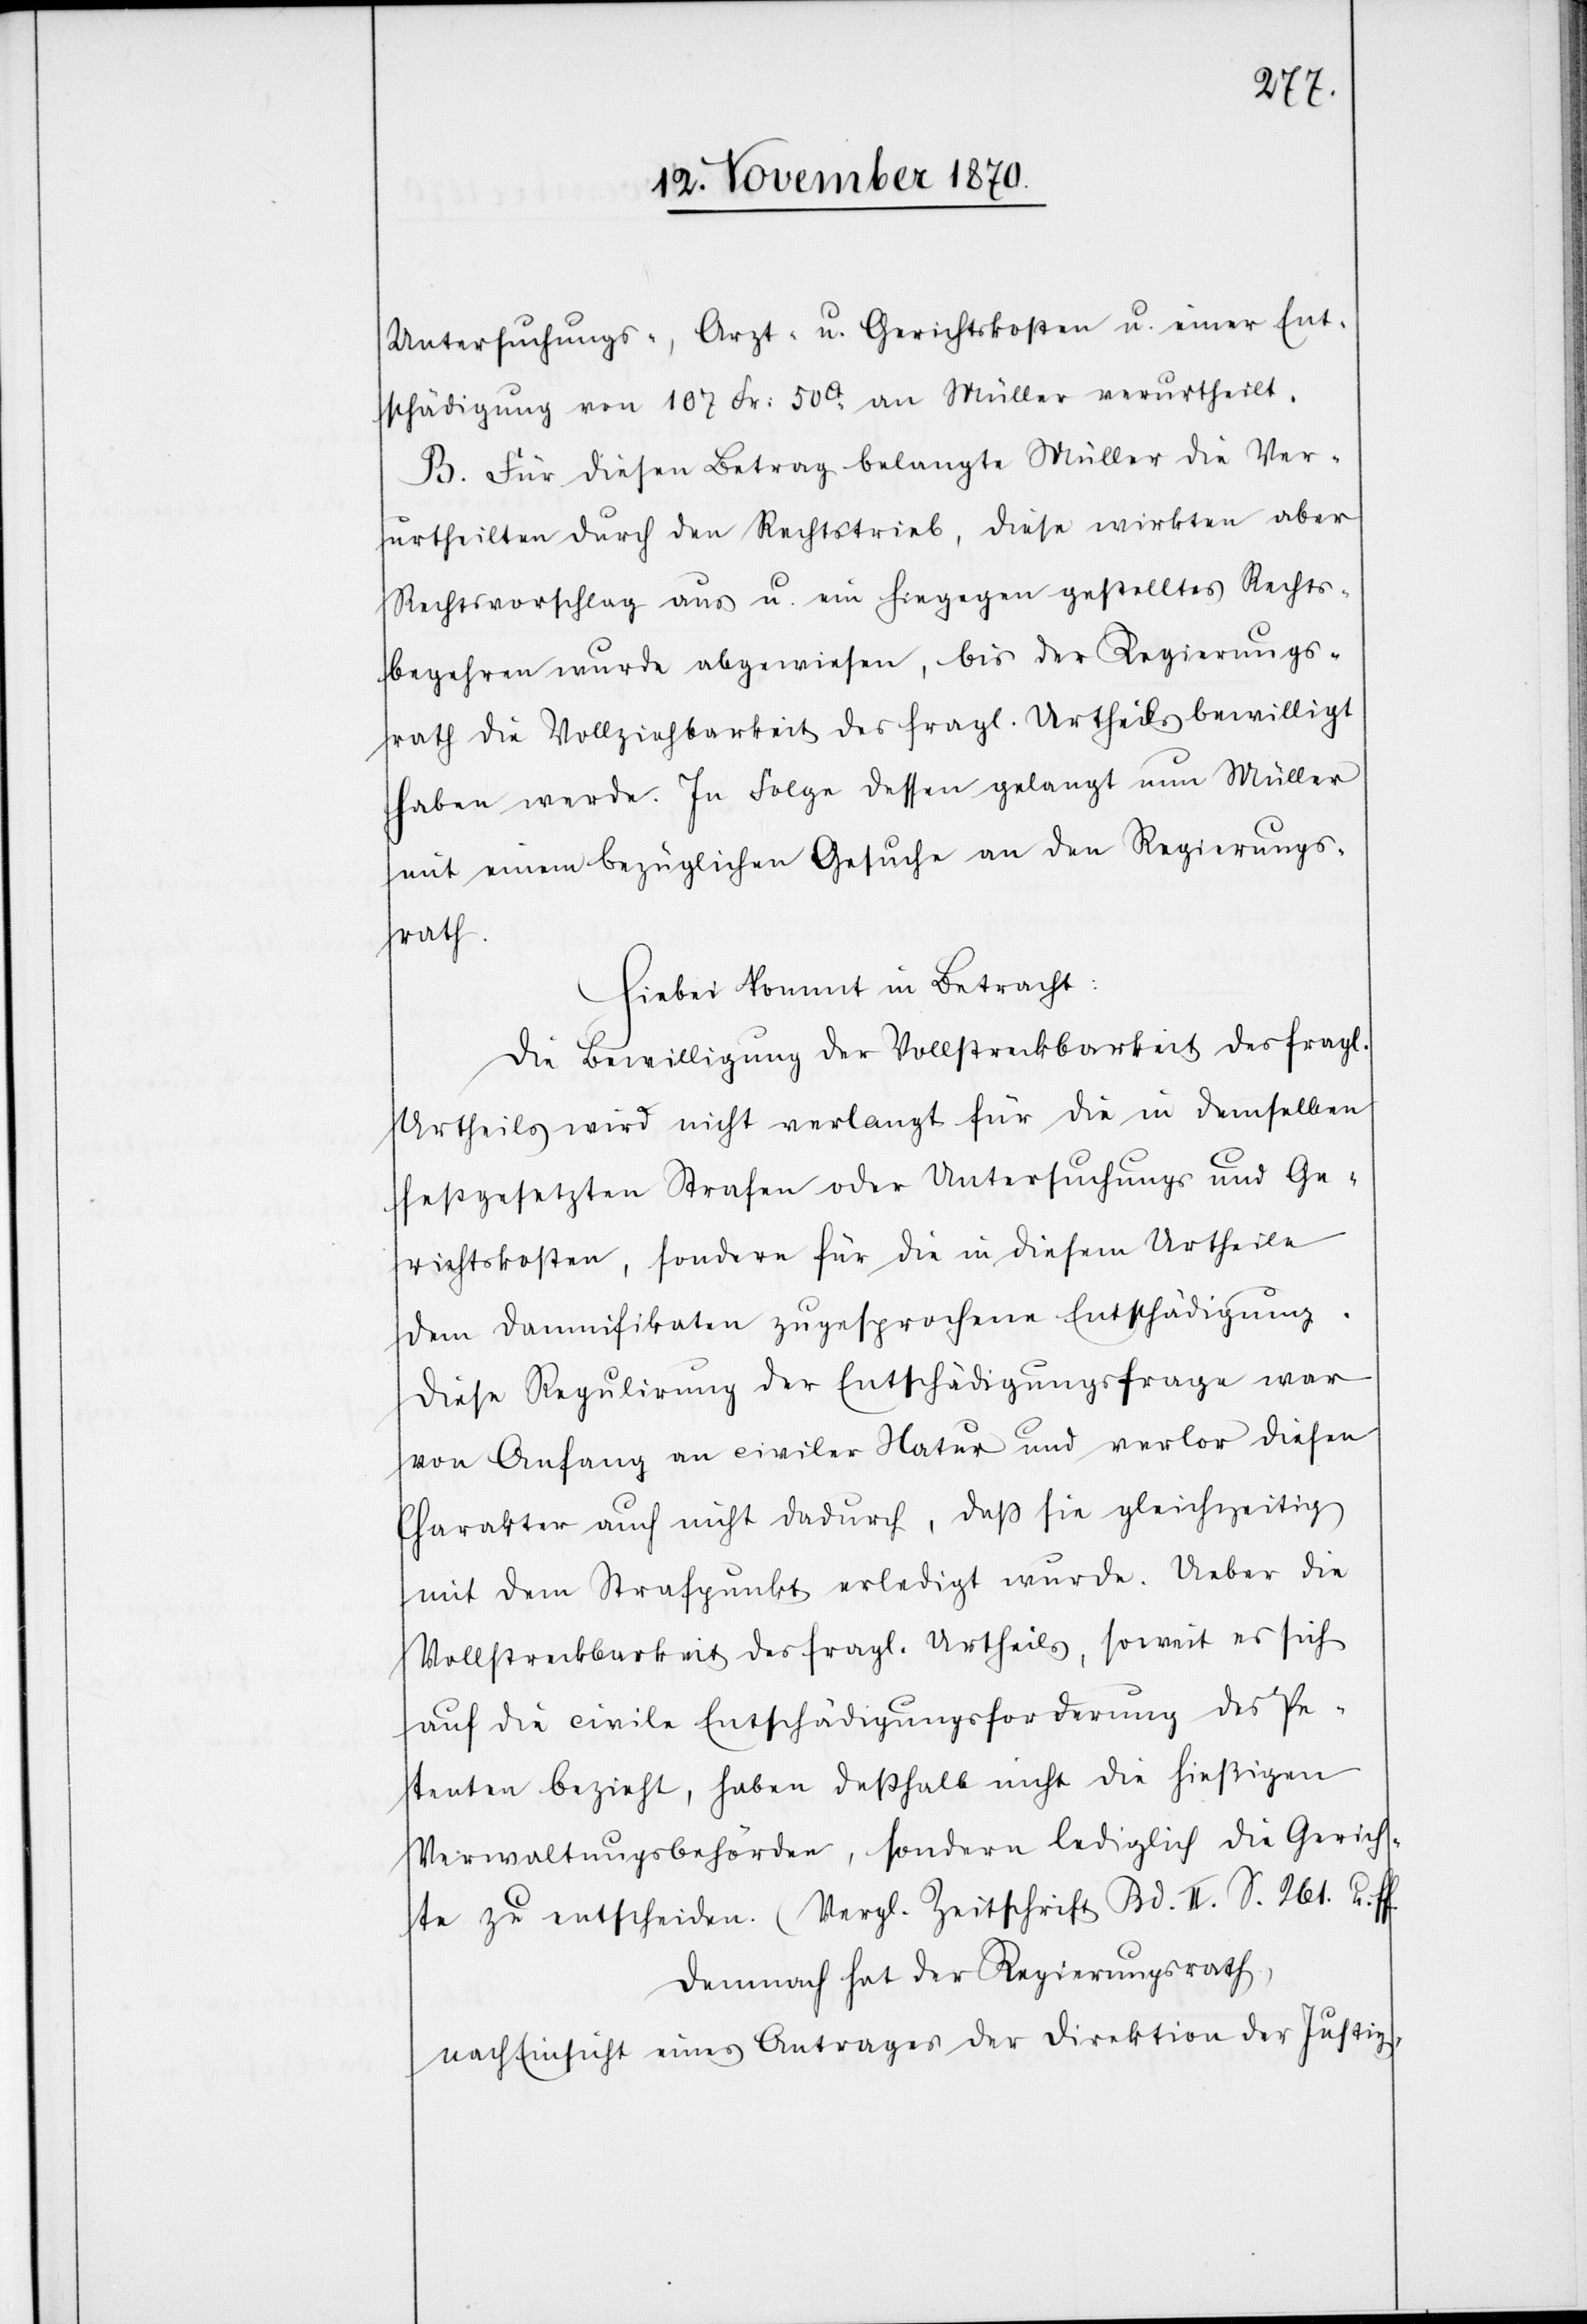
Untersuchungs-, Arzt- u. Gerichtskosten u. einer Ent¬
schädigung von 107 Fr: 50Ct. an Müller verurtheilt.
B. Für diesen Betrag belangte Müller die Ver¬
urtheilten durch den Rechtstrieb, diese wirkten aber
Rechtsvorschlag aus u. ein hiegegen gestelltes Rechts¬
begehren wurde abgewiesen, bis der Regierungs¬
rath die Vollziehbarkeit des fragl. Urtheils bewilligt
haben werde. In Folge dessen gelangt nun Müller
mit einem bezüglichen Gesuche an den Regierungs¬
rath.
Hiebei kommt in Betracht:
Die Bewilligung der Vollstreckbarkeit des fragl.
Urtheils wird nicht verlangt für die in demselben
festgesetzten Strafen oder Untersuchungs und Ge¬
richtskosten, sondern für die in diesem Urtheile
dem Damnifikaten zugesprochene Entschädigung.
Diese Regulirung der Entschädigungsfrage war
von Anfang an civiler Natur und verlor diesen
Charakter auch nicht dadurch, daß sie gleichzeitig
mit dem Strafpunkt erledigt wurde. Ueber die
Vollstreckbarkeit des fragl. Urtheils, soweit es sich
auf die civile Entschädigungsforderung des Pe¬
tenten bezieht, haben deßhalb nicht die hiesigen
Verwaltungsbehörden, sondern lediglich die Gerich¬
te zu entscheiden. (Vergl. Zeitschrift Bd. II. S. 261. u.
Demnach hat der Regierungsrath,
nach Einsicht eines Antrages der Direktion der Justiz,